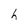
Character: h